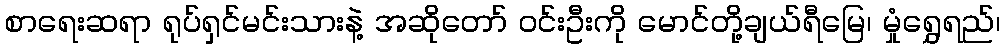
စာရေးဆရာ ရုပ်ရှင်မင်းသားနဲ့ အဆိုတော် ဝင်းဦးကို မောင်တို့ချယ်ရီမြေ၊ မှုံရွှေရည်၊